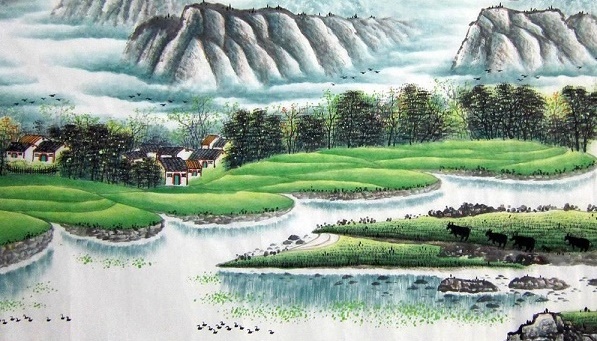
绿池芳草满晴波，春色都从雨里过。